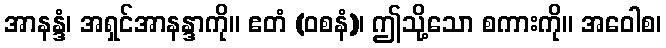
အာနန္ဒံ၊ အရှင်အာနန္ဒာကို။ ဧတံ (ဝစနံ)၊ ဤသို့သော စကားကို။ အဝေါစ၊